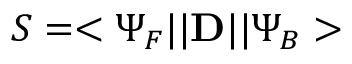
S = < \Psi _ { F } | | { \bf D } | | \Psi _ { B } >